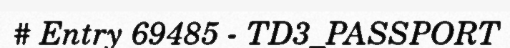
# Entry 69485 - TD3_PASSPORT